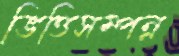
ভিত্তিসম্পন্ন